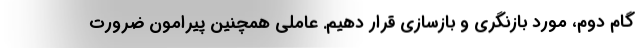
گام دوم، مورد بازنگری و بازسازی قرار دهیم. عاملی همچنین پیرامون ضرورت